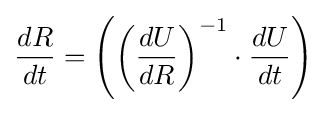
{\frac {dR}{dt}}=\left(\left({\frac {dU}{dR}}\right)^{-1}\cdot {\frac {dU}{dt}}\right)